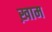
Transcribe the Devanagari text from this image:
ख़ाम